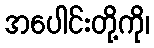
အပေါင်းတို့ကို၊